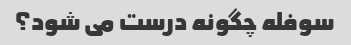
سوفله چگونه درست می شود؟